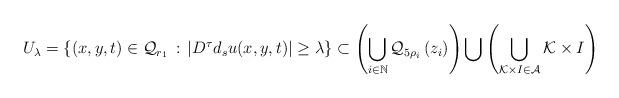
LaTeX: \begin{align*}U_{\lambda}=\left\{(x,y,t)\in \mathcal{Q}_{r_{1}}\,:\, |D^{\tau}d_{s}u(x,y,t)|\geq\lambda \right\}\subset\left(\bigcup\limits_{i\in\mathbb{N}}\mathcal{Q}_{5\rho_{{i}}}\left(z_{i}\right)\right)\bigcup \left(\bigcup\limits_{\mathcal{K}\times I\in\mathcal{A}}\mathcal{K}\times I\right)\end{align*}